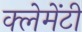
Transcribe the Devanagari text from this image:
क्लेमेंटी